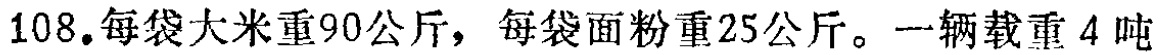
108.每袋大米重90公斤，每袋面粉重25公斤。一辆载重4吨